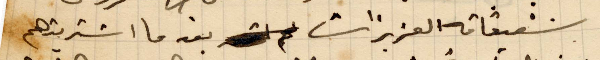
شقيقاته العزيزات بعد ما اشتريتهم